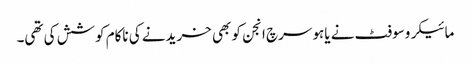
مائیکروسوفٹ نے یاہو سرچ انجن کو بھی خریدنے کی ناکام کوشش کی تھی۔